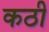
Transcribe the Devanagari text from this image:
कठी